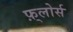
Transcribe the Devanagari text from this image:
फ़्लोर्स